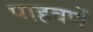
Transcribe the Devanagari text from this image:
पाहवणें